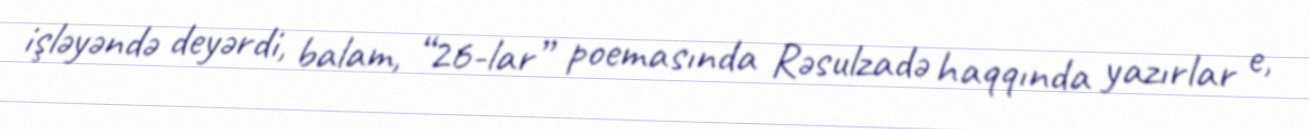
işləyəndə deyərdi, balam, “26-lar” poemasında Rəsulzadə haqqında yazırlar e,